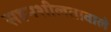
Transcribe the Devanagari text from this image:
सहनशीलतावाले